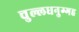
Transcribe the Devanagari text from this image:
चुल्लधनुग्गह